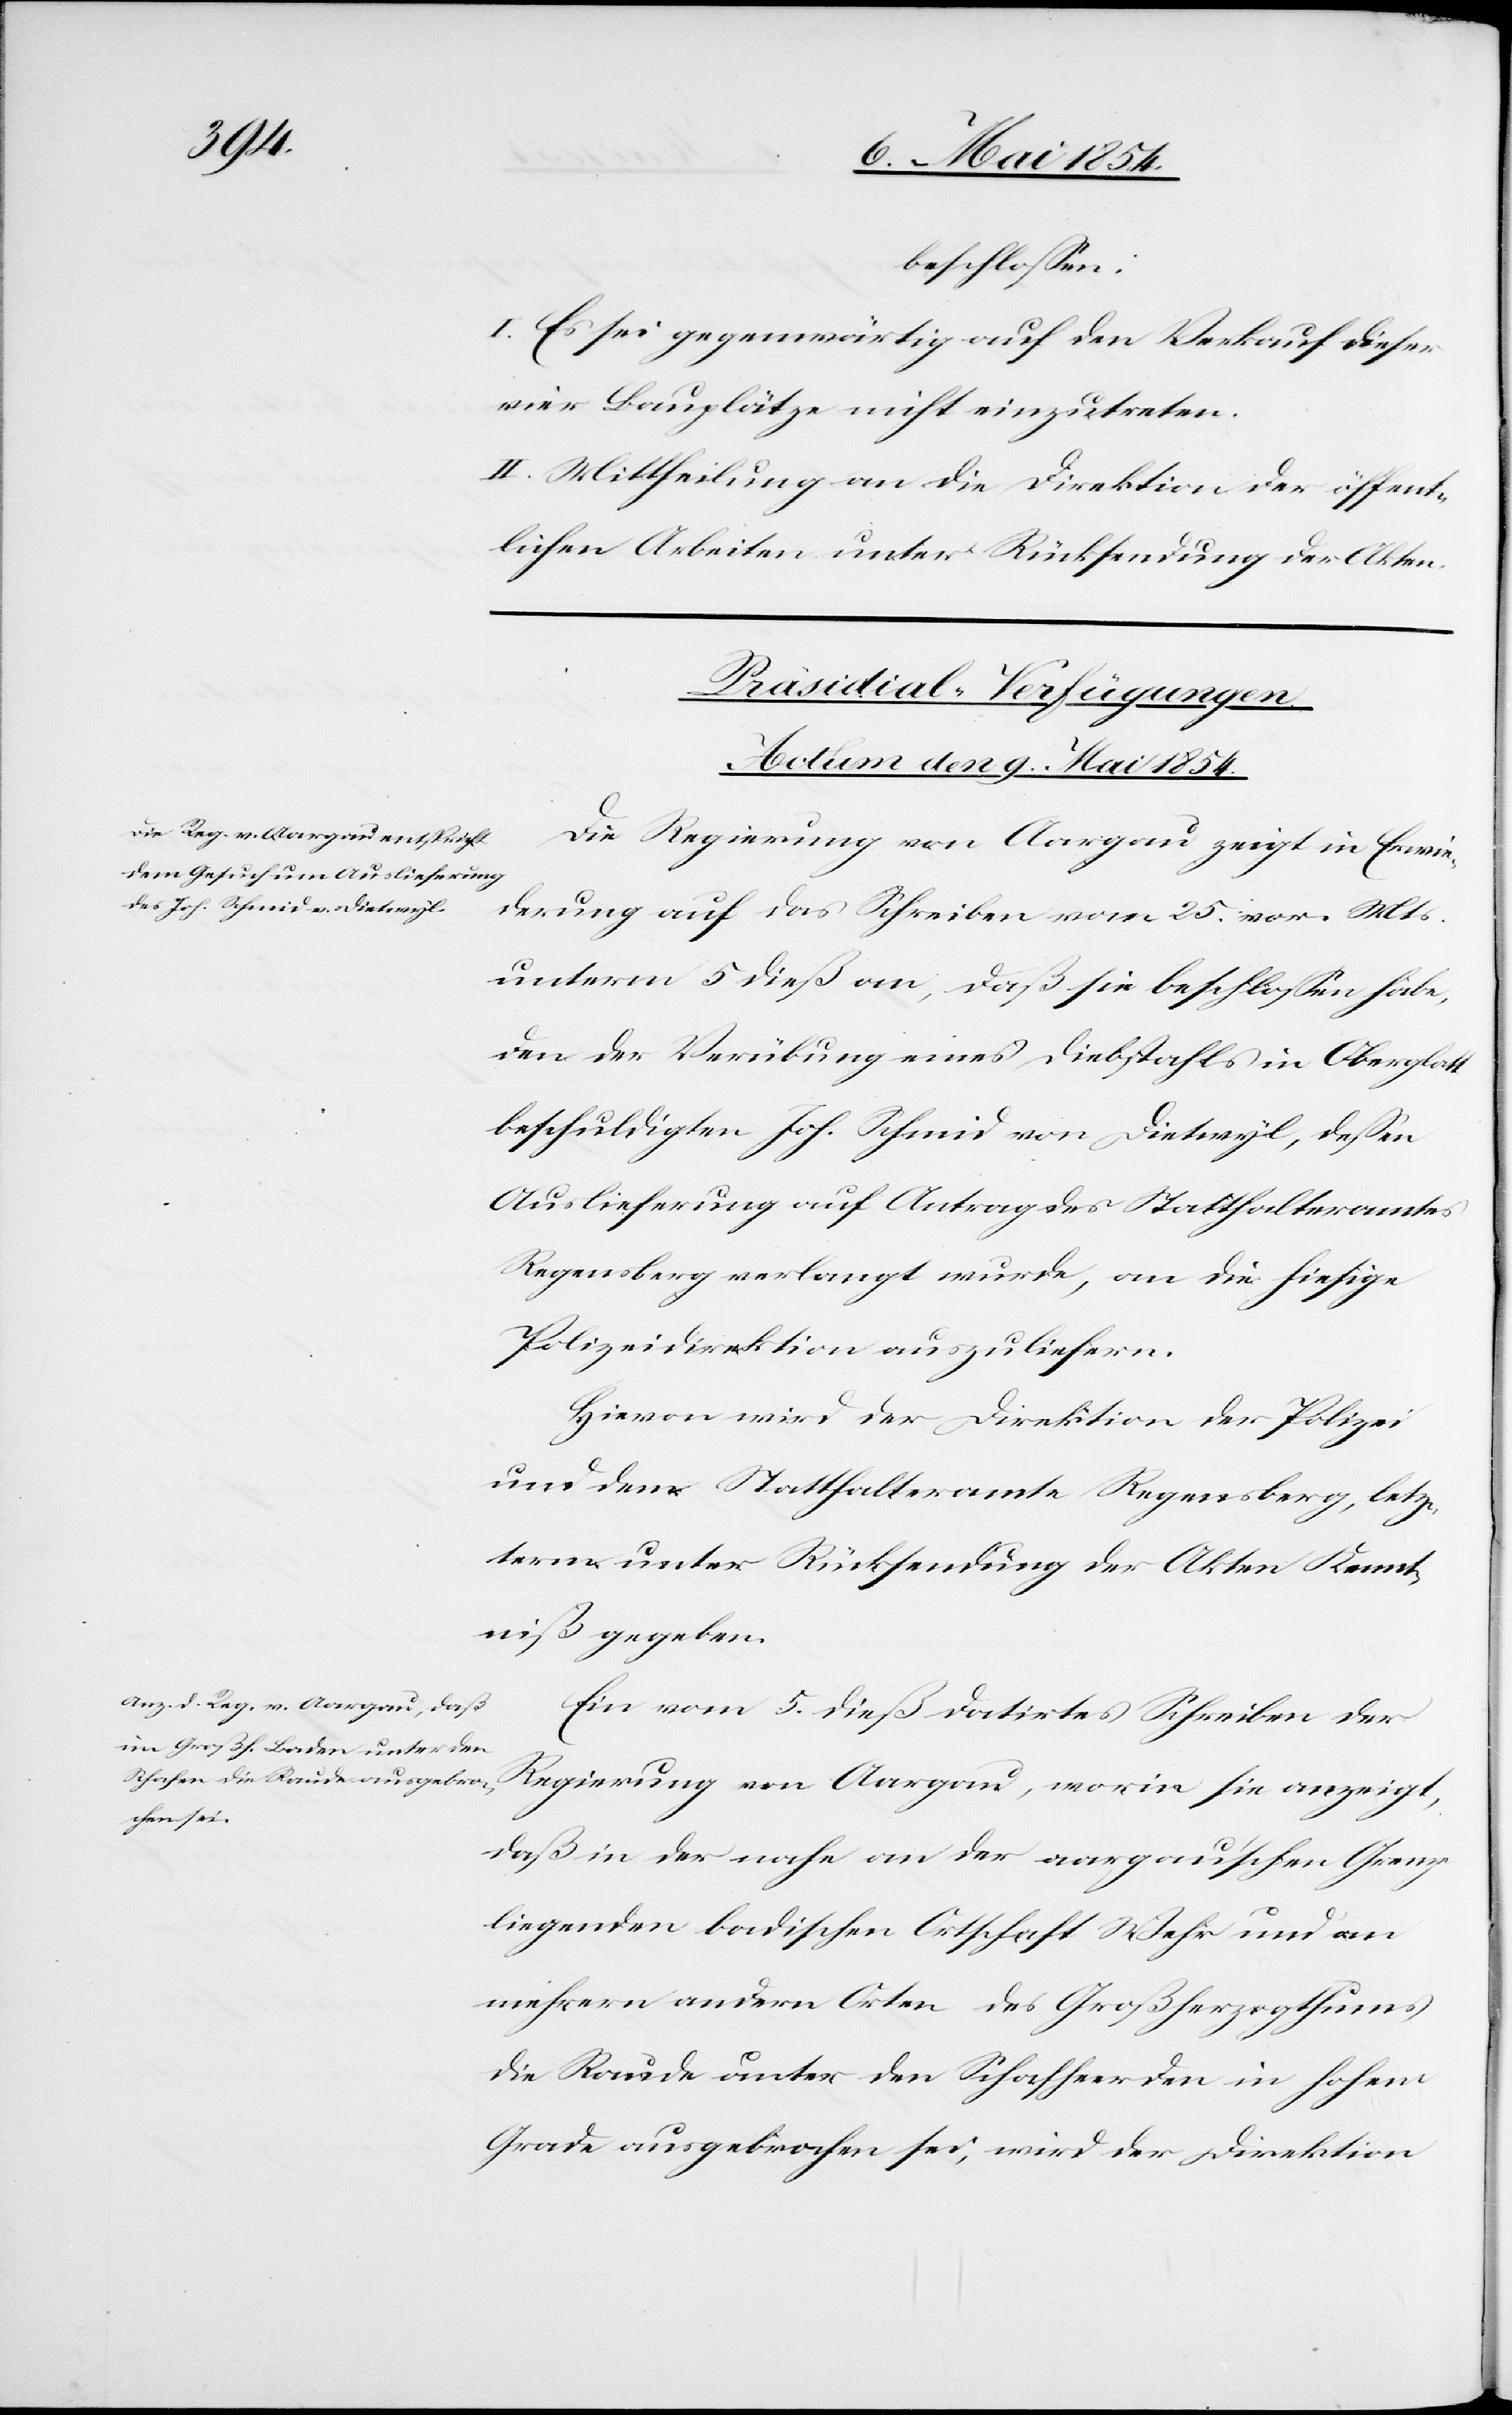
beschloßen:
I. Es sei gegenwärtig auf den Verkauf dieser
vier Bauplätze nicht einzutreten.
II. Mittheilung an die Direktion der öffent¬
lichen Arbeiten unter Rücksendung der Akten.
[Präsidial-Verfügungen.
Actum den 9. Mai 1854.]
Die Regierung von Aargau zeigt in Erwie¬
derung auf das Schreiben vom 25. vor. Mts.
unterm 5 dieß an, daß sie beschloßen habe,
den der Verübung eines Diebstahls in Oberglatt
beschuldigten Joh. Schmid von Dietwyl, deßen
Auslieferung auf Antrag des Statthalteramtes
Regensberg verlangt wurde, an die hiesige
Polizeidirektion auszuliefern.
Hievon wird der Direktion der Polizei
und dem Statthalteramte Regensberg, letz¬
term unter Rücksendung der Akten Kennt¬
niß gegeben.
Ein vom 5. dieß datirtes Schreiben der
Regierung von Aargau, worin sie anzeigt,
daß in der nahe an der aargau’schen Grenze
liegenden badischen Ortschaft Wehr und an
mehrern andern Orten des Großherzogthums
die Raude unter den Schafheerden in hohem
Grade ausgebrochen sei, wird der Direktion